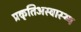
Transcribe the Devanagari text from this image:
प्रकृतिअस्वास्थ्य